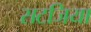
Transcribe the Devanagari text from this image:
सटजिया